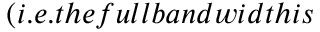
( i . e . t h e f u l l b a n d w i d t h i s